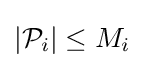
|{\mathcal {P}}_{i}|\leq M_{i}